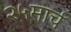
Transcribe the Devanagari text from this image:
२५मार्च